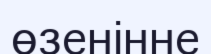
өзенінне